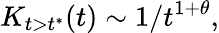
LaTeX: K_{t>t^{*}}(t)\sim 1/t^{1+\theta},